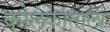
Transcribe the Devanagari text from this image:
कोलकाताला